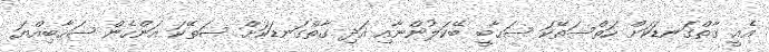
އެއީ ގާތްގަނޑަކަށް ހަތްސަތޭކަ ޞަޙާބީ ބޭކަލުންނާއި އަދި ގާތްގަނޑަކަށް ސަތޭކަ އަންހެން ޞަޙާބިއްޔަ